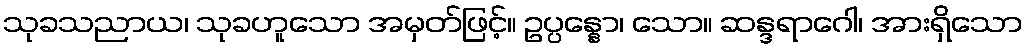
သုခသညာယ၊ သုခဟူသော အမှတ်ဖြင့်။ ဥပ္ပန္နော၊ သော။ ဆန္ဒရာဂေါ၊ အားရှိသော